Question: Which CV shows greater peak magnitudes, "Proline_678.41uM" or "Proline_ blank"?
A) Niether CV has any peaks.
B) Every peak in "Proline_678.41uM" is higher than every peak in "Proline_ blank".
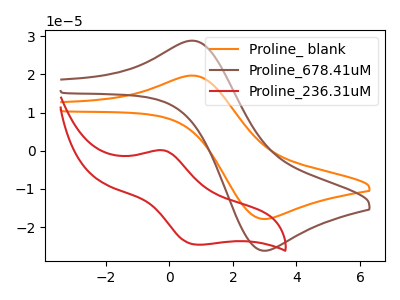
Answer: <think>The orange curve "Proline_ blank" has an anodic peak at (0.80V, 19.65uA) and a cathodic peak at (2.95V, -17.90uA). The brown curve "Proline_678.41uM" has an anodic peak at (0.80V, 28.80uA) and a cathodic peak at (2.95V, -26.20uA). The red curve "Proline_236.31uM" has an anodic peak at (-0.20V, 0.10uA) and a cathodic peak at (0.85V, -24.60uA).</think>
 <answer>B) Every peak in "Proline_678.41uM" is higher than every peak in "Proline_ blank".</answer>
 <eval>B</eval>